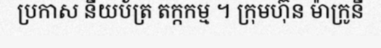
ប្រកាស នីយប័ត្រ តក្កកម្ម ។ ក្រុមហ៊ុន ម៉ាក្រូនី